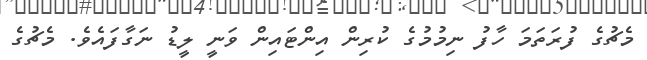
މެޗުގެ ފުރަތަމަ ހާފު ނިމުމުގެ ކުރިން އިންޓައިން ވަނީ ލީޑު ނަގާފައެވެ. މެޗުގެ